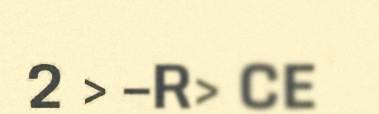
2 > –R> CE